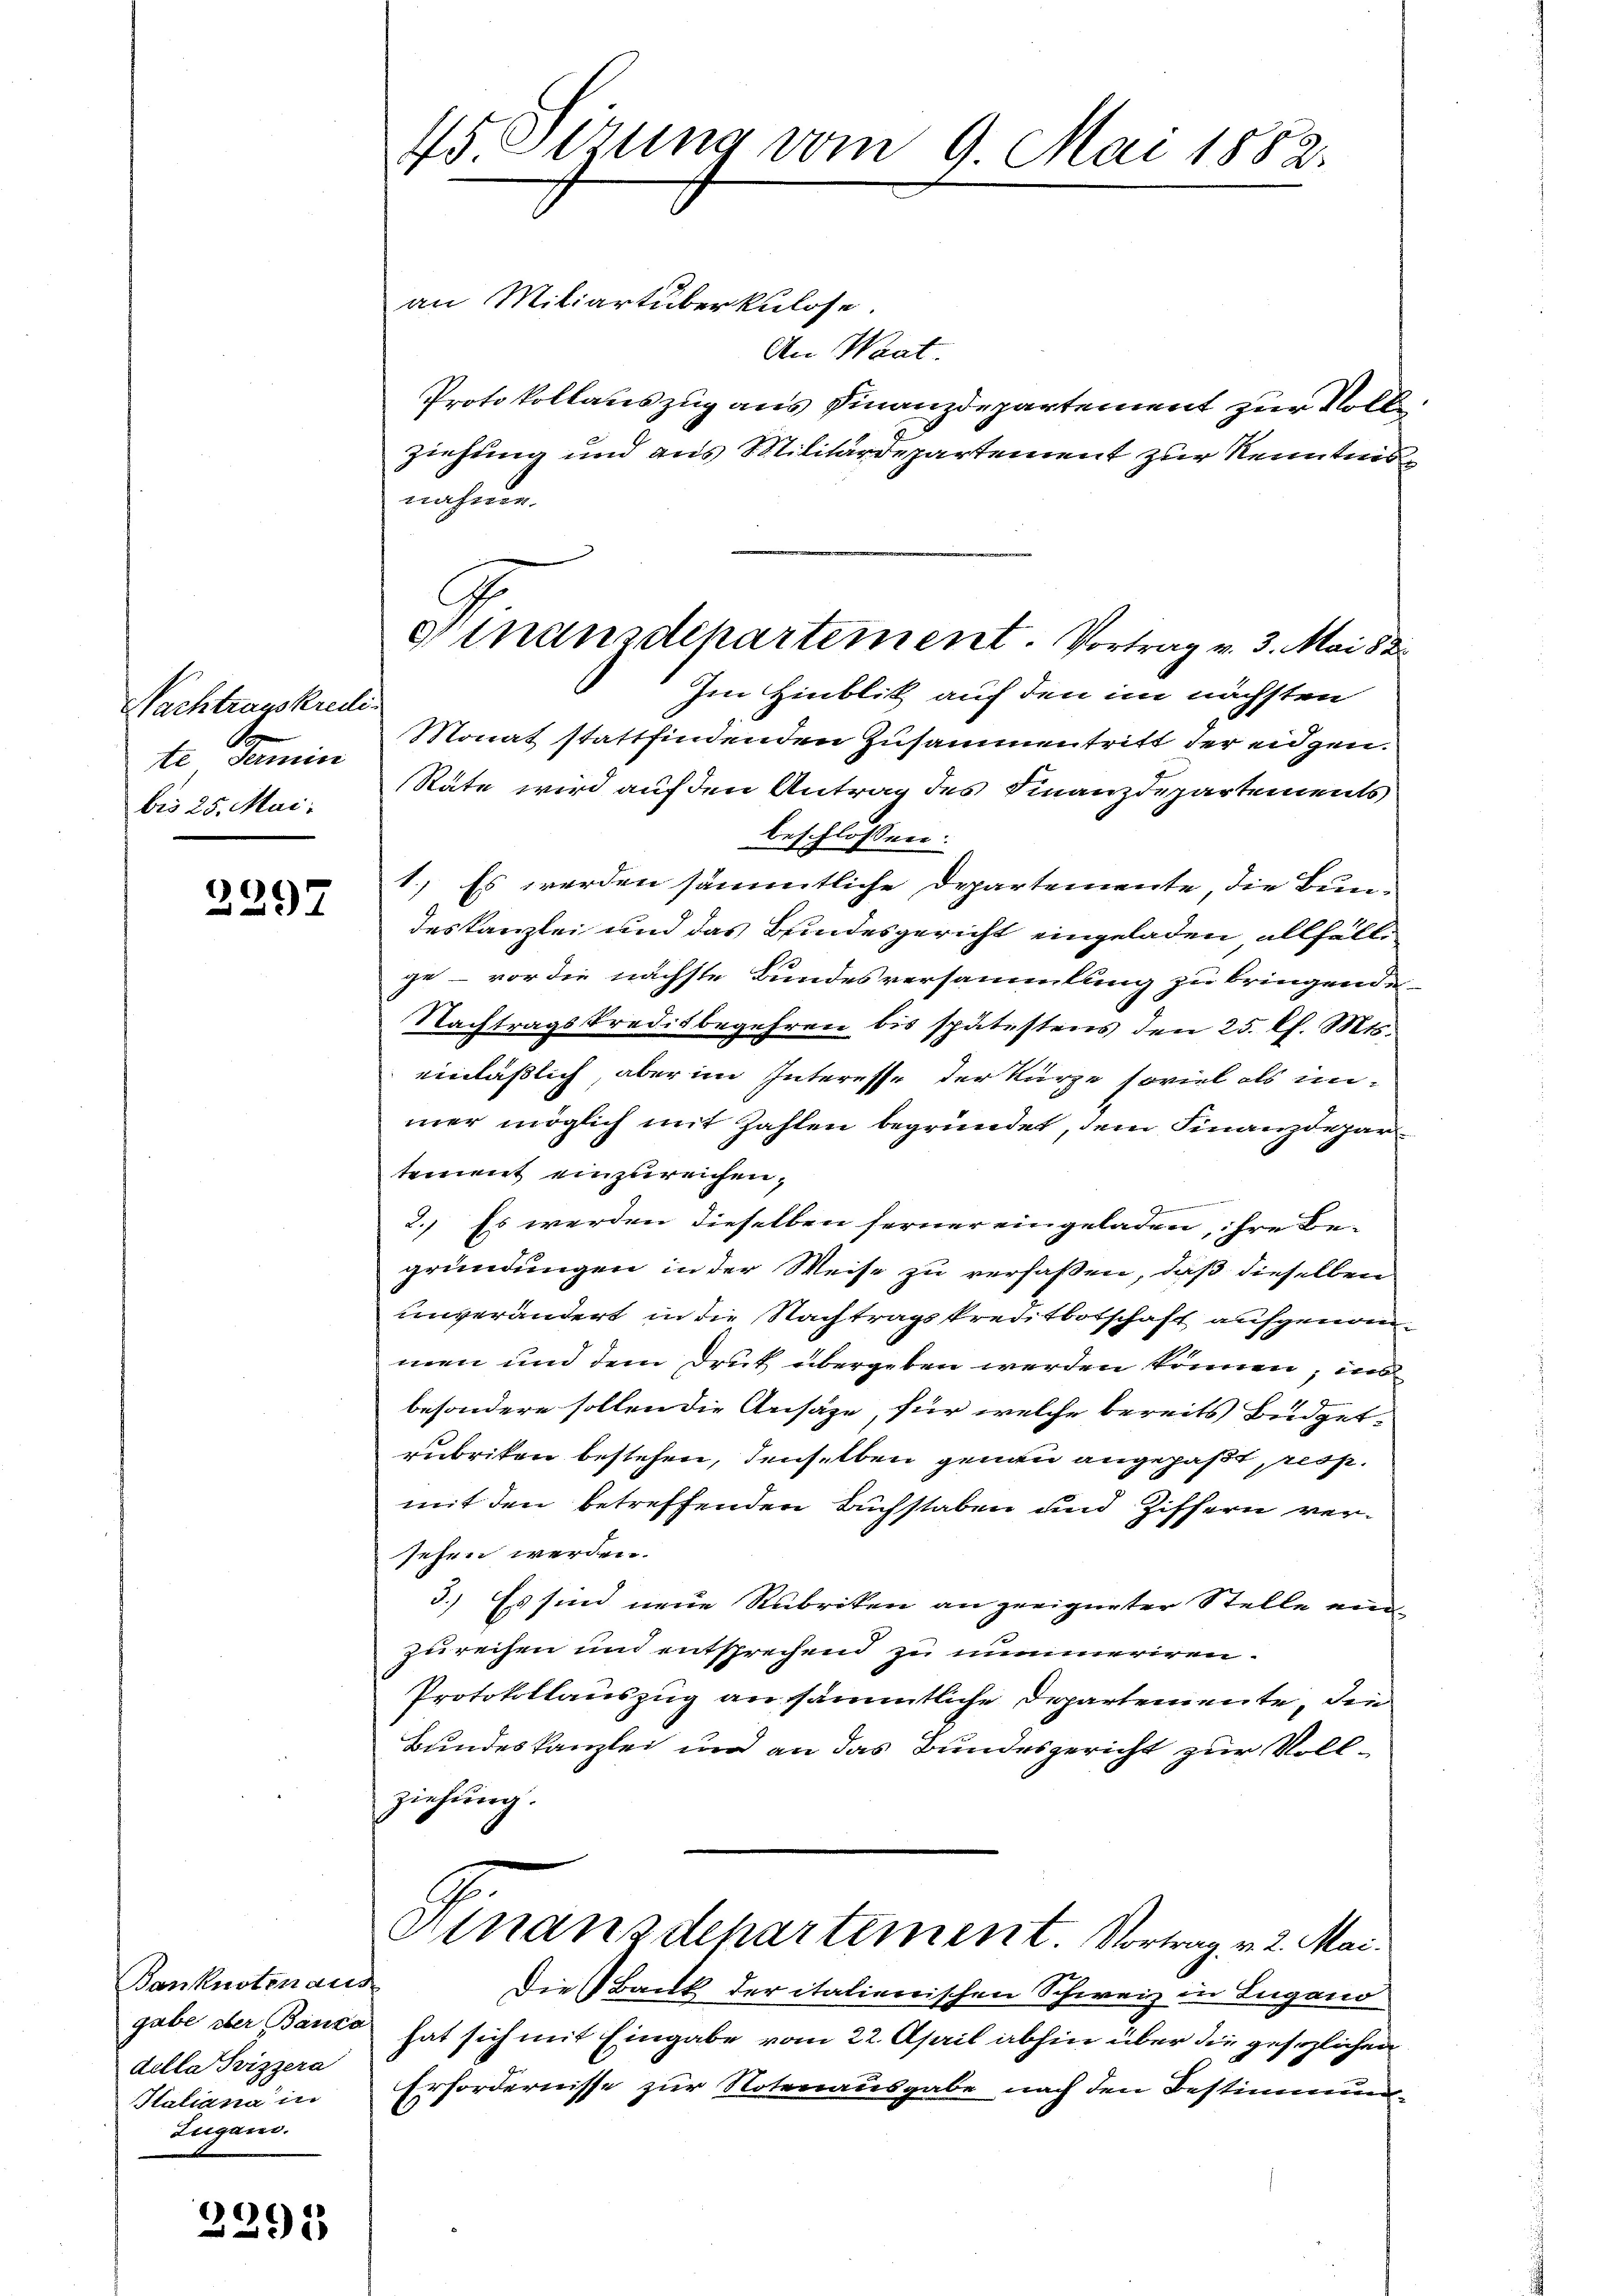
Nachtragskredi
te Damin
bis 25. Mai.

2297

Banknoten aus
gabe der Banca
dilla Svizzera
Italiana in
Zugano.

2295

45. Serung vom 9. Mai 1882.

an Miliartüberkulose.
An Waat.
Protokollauszug aus Finanzdepartement zur Voll
ziehung und aus Militärdepartement zur Kenntnis
nahme
Im Hinblik auf den im nächsten
Monat stattfindenden Zusammentritt der eidgen.
Räte wird auf den Antrag des Finanzdepartements
beschlossen:
1.) Es werden sämmtliche Departemente, die Bundeskanzlei und das Bundesgericht eingeladen allfälle
ge - vor die nächste Bundesversammlung zu bringende
Nachtragskreditbegehren bis spätestens den 25. l. Mts.
einläßlich, aber im Interesse der kurze soviel als inmer möglich mit Zahlen begründet, dem Finanzdepartement einzureichen,
e
2
2.) Es werden dieselben ferner eingeladen, ihre Begründungen in der Weise zu verfaßen, daß dieselben
unverändert in die Nachtragskreiitbotschaft aufgenommen und dem Druk übergeben werden können, ins
besondere sollen die Ansäze, für welche bereits Büdgetrubriken bestehen, denselben genau angepaßt, resp.
mit den betreffenden Buchstaben und Ziffern versehen werden.
3.) Es sind neue Rubriken an geeigneter Stelle eine
zurechen und entsprechend zu nimmeriren.
Protokollauszug an sämmtliche Departemente, die
Bundeskanzlei und an das Bundesgericht zur Vollziehung.
Hinanzdepartement. Vortrag v. 2. Mai.
Die Bank der italienischen Schweiz in Lugand
hat sich mit Eingabe vom 22. April abhin über die gesezlichen
Erfordernisse zur Notenausgabe nach den Bestimmung

Ninansdchartement. Vortrag v. 3. Mai 82.